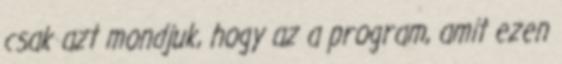
csak azt mondjuk, hogy az a program, amit ezen